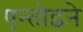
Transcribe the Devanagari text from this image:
एन्तोइने